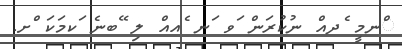
ްނމީ ެދއް ނުކުރަން ަވ ަނ ެއއް ލި ޭބނެ ަކމަކަ ްށ.